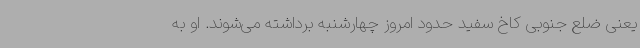
یعنی ضلع جنوبی کاخ سفید حدود امروز چهارشنبه برداشته می‌شوند. او به